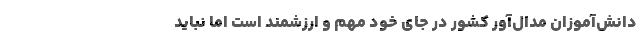
دانش‌آموزان مدال‌آور کشور در جای خود مهم و ارزشمند است اما نباید